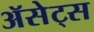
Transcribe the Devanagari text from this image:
ॲसेट्स